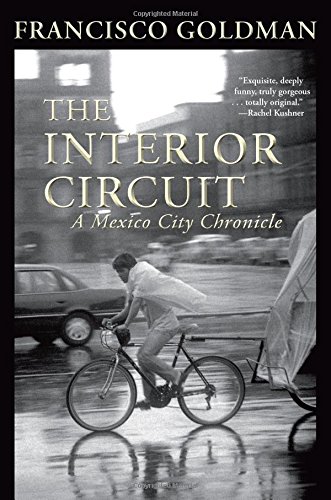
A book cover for The Interior Circuit: A Mexico City Chronicle (Mexico City Chronicles); Francisco Goldman; Travel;